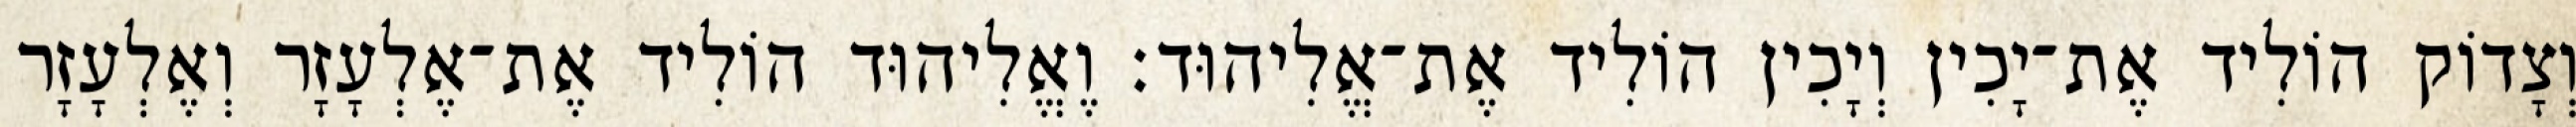
וְצָדוֹק הוֹלִיד אֶת־יָכִין וְיָכִין הוֹלִיד אֶת־אֱלִיהוּד׃ וֶאֱלִיהוּד הוֹלִיד אֶת־אֶלְעָזָר וְאֶלְעָזָר